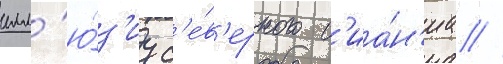
илл'ю́з'иу с'е́в'ерного с'иа́н'иа //